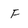
Character: F